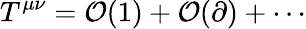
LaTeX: T^{\mu\nu}=\mathcal{O}(1)+\mathcal{O}(\partial)+\cdots